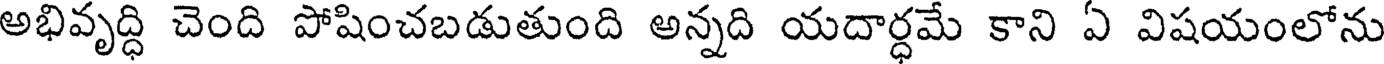
అభివృద్ధి చెంది పోషించబడుతుంది అన్నది యదార్ధమే కాని ఏ విషయంలోను